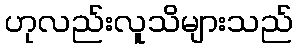
ဟုလည်းလူသိများသည်